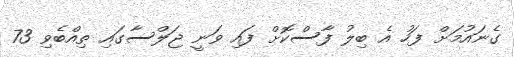
ގެނައުމަށް ފަހު އެ ބިލު ފާސްކޮށް ފައި ވަނީ ޖަލްސާގައި ތިއްބެވި 73